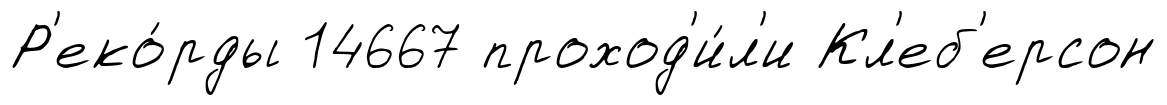
Р'еко́рды 14667 проход'и́л'и Кл'еб'ерсон